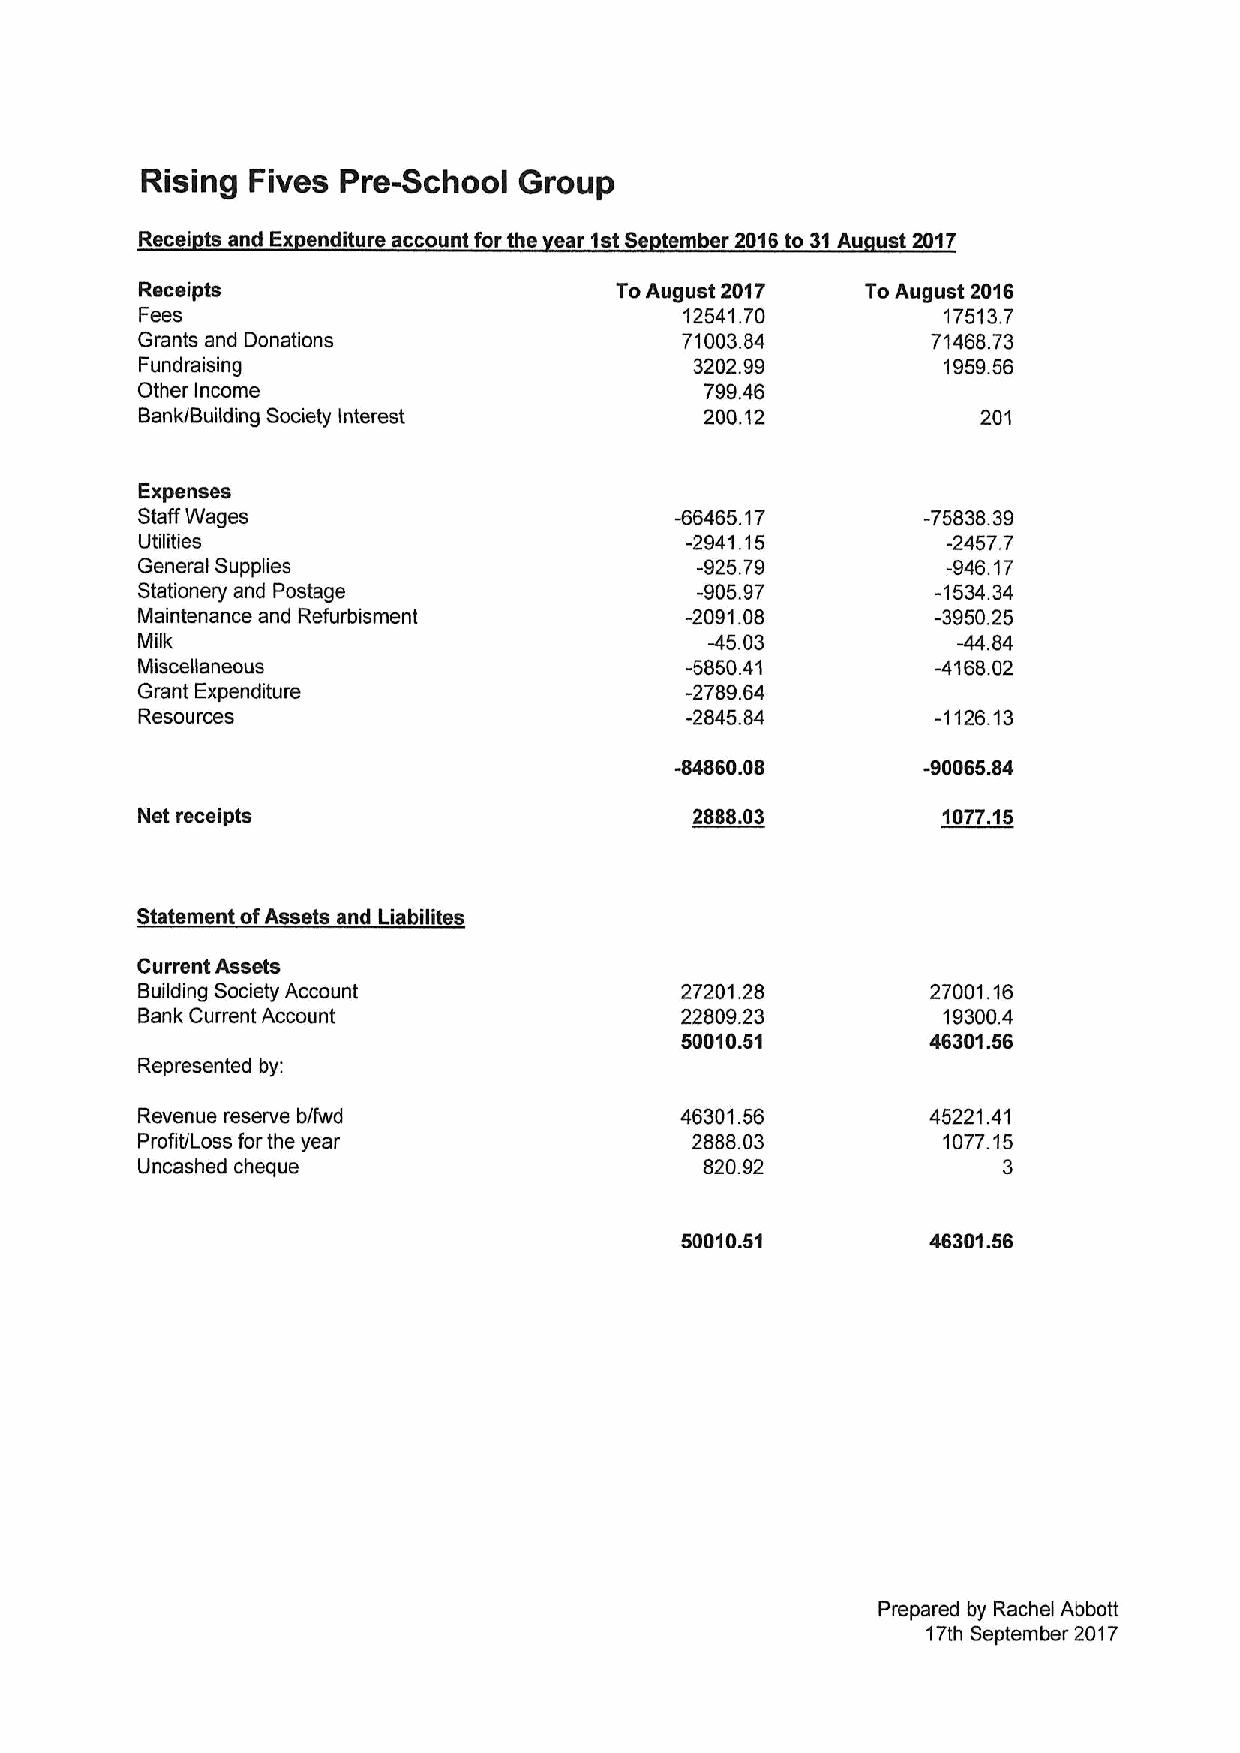
Rising Fives Prechool    Group
 Recei tsandEx enditureaccountforthe ear1stSe tember2016to31Au ust2017
 Receipts                        ToAugust 2017   ToAugust 2016
 Fees                                12541.70         17513.7
 Grants and Donations                71003.84         71468.73
 Fundraising                          3202.99         1959.56
 Other Income                          799.46
 Bank/Building Society Interest        200.12            201
 Expenses
 Staff Wages                         %6465.17        -75838.39
 Utilities                           -2941.15          -2457.7
 General Suppiies                     -925.79          -946.17
 Stationery and Postage               -905.97         -1534.34
 Maintenance and Refurbisment        -2091.08         -3950.25
 Milk                                  -45.03          -44.84
 Miscellaneous                       -5850.41         -4168.02
 Grant Expenditure                   -2789.84
 Resources                           -2845.84         -1126.13
 ~860. 08        -90065.84
 Net receipts                         2888.03         1077.15
 tatement ofAssets and Liabilites
 Current Assets
 Building Society Account            27201.28         27001.16
 Bank Current Account                22809.23         19300.4
 50010.51         46301.56
 Represented by:
 Revenue reserve b/fwd               46301.56         45221.41
 Profit/Loss forthe year              2888.03         1077.15
 Uncashed cheque                       820.92             3
 50010.51         46301.56
 Prepared by Rachel Abbott
 17th September 2017